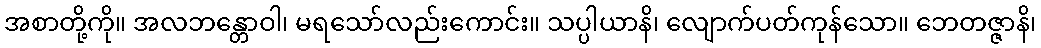
အစာတို့ကို။ အလဘန္တောဝါ၊ မရသော်လည်းကောင်း။ သပ္ပါယာနိ၊ လျောက်ပတ်ကုန်သော။ ဘေတဇ္ဇာနိ၊